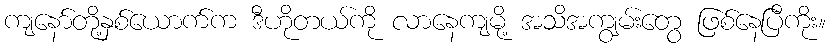
ကျနော်တို့နှစ်ယောက်က ဒီဟိုတယ်ကို လာနေကျမို့ အသိအကျွမ်းတွေ ဖြစ်နေပြီကိုး။